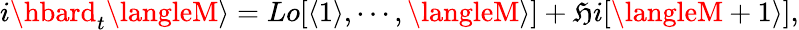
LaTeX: i\hbard_{t}\langleM\rangle=Lo[\langle1\rangle,\cdots,\langleM\rangle]+\mathfrak{H}i[\langleM+1\rangle],